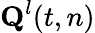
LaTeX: \textbf{Q}^{l}(t,n)